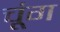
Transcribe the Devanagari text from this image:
चूंग